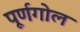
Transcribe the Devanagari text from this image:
पूर्णगोल